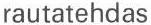
rautatehdas